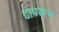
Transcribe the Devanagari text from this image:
टायसन्स